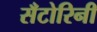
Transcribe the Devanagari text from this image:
सँटोरिनी